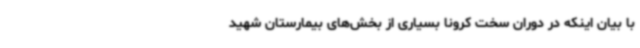
با بیان اینکه در دوران سخت کرونا بسیاری از بخش‌های بیمارستان شهید